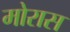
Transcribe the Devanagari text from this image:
मोरास